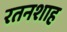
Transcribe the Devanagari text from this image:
रतनशाह